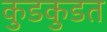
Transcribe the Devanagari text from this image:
कुडकुडत